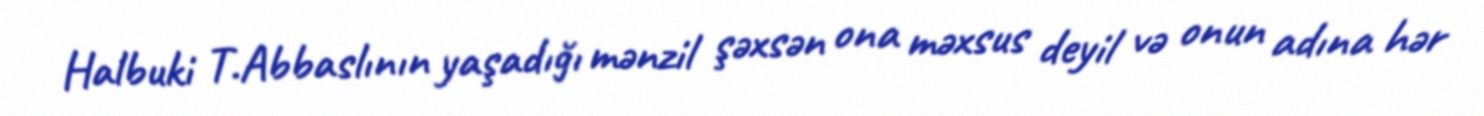
Halbuki T.Abbaslının yaşadığı mənzil şəxsən ona məxsus deyil və onun adına hər